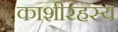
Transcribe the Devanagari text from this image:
काशीरहस्य